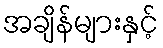
အချိန်များနှင့်